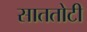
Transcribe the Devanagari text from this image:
साततोटी